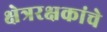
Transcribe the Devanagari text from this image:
क्षेत्ररक्षकांचे